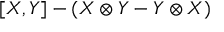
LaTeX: [ X , Y ] - ( X \otimes Y - Y \otimes X )